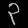
Digit: ၃